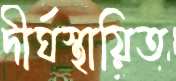
দীর্ঘস্থায়িত